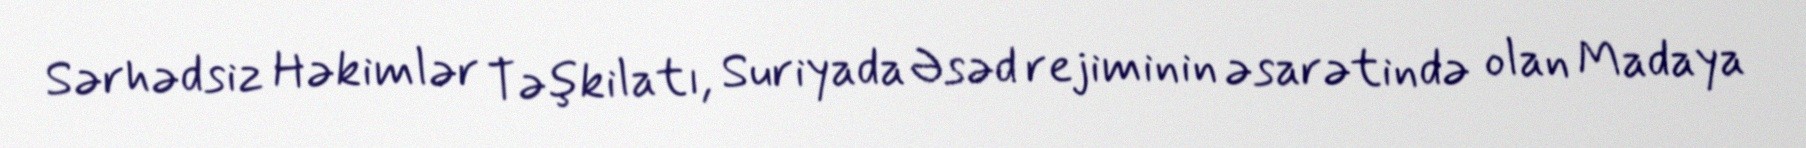
Sərhədsiz Həkimlər Təşkilatı, Suriyada Əsəd rejiminin əsarətində olan Madaya